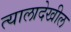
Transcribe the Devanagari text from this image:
त्यालादेखील